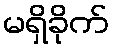
မရှိခိုက်